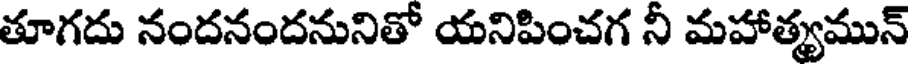
తూగదు నందనందనునితో యనిపించగ నీ మహాత్యమున్